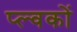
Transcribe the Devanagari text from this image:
प्ल्वकों